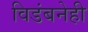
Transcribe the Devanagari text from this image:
विडंबनेही